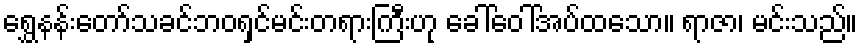
ရွှေနန်းတော်သခင်ဘဝရှင်မင်းတရားကြီးဟု ခေါ်ဝေါ်အပ်ထသော။ ရာဇာ၊ မင်းသည်။